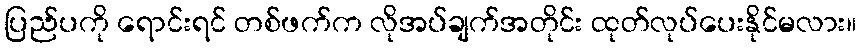
ပြည်ပကို ရောင်းရင် တစ်ဖက်က လိုအပ်ချက်အတိုင်း ထုတ်လုပ်ပေးနိုင်မလား။